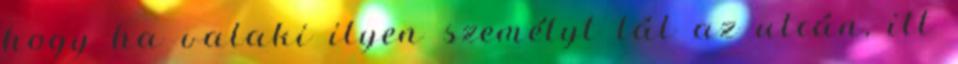
hogy ha valaki ilyen személyt lát az utcán, itt